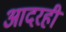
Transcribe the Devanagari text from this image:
आदरही